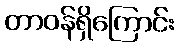
တာဝန်ရှိကြောင်း